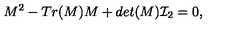
M ^ { 2 } - T r ( M ) M + d e t ( M ) { \cal I } _ { 2 } = 0 ,